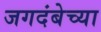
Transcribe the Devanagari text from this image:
जगदंबेच्या